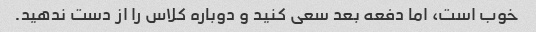
خوب است، اما دفعه بعد سعی کنید و دوباره کلاس را از دست ندهید.